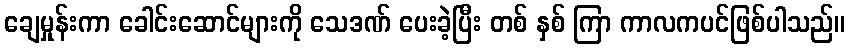
ချေမှုန်းကာ ခေါင်းဆောင်များကို သေဒဏ် ပေးခဲ့ပြီး တစ် နှစ် ကြာ ကာလကပင်ဖြစ်ပါသည်။